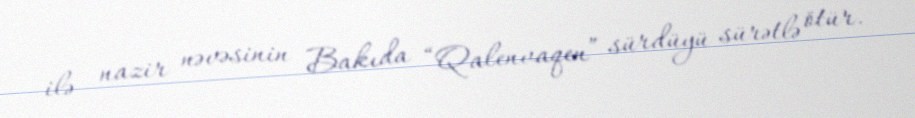
ilə - nazir nəvəsinin Bakıda “Qalenvaqen” sürdüyü sürətlə ötür.